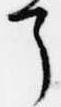
了